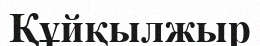
Құйқылжыр